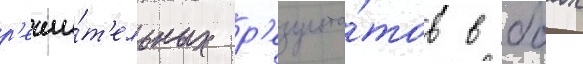
р'еши́т'ельных р'езульта́тов в боах